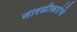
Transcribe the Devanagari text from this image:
नारळीकरांचे